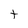
Character: t